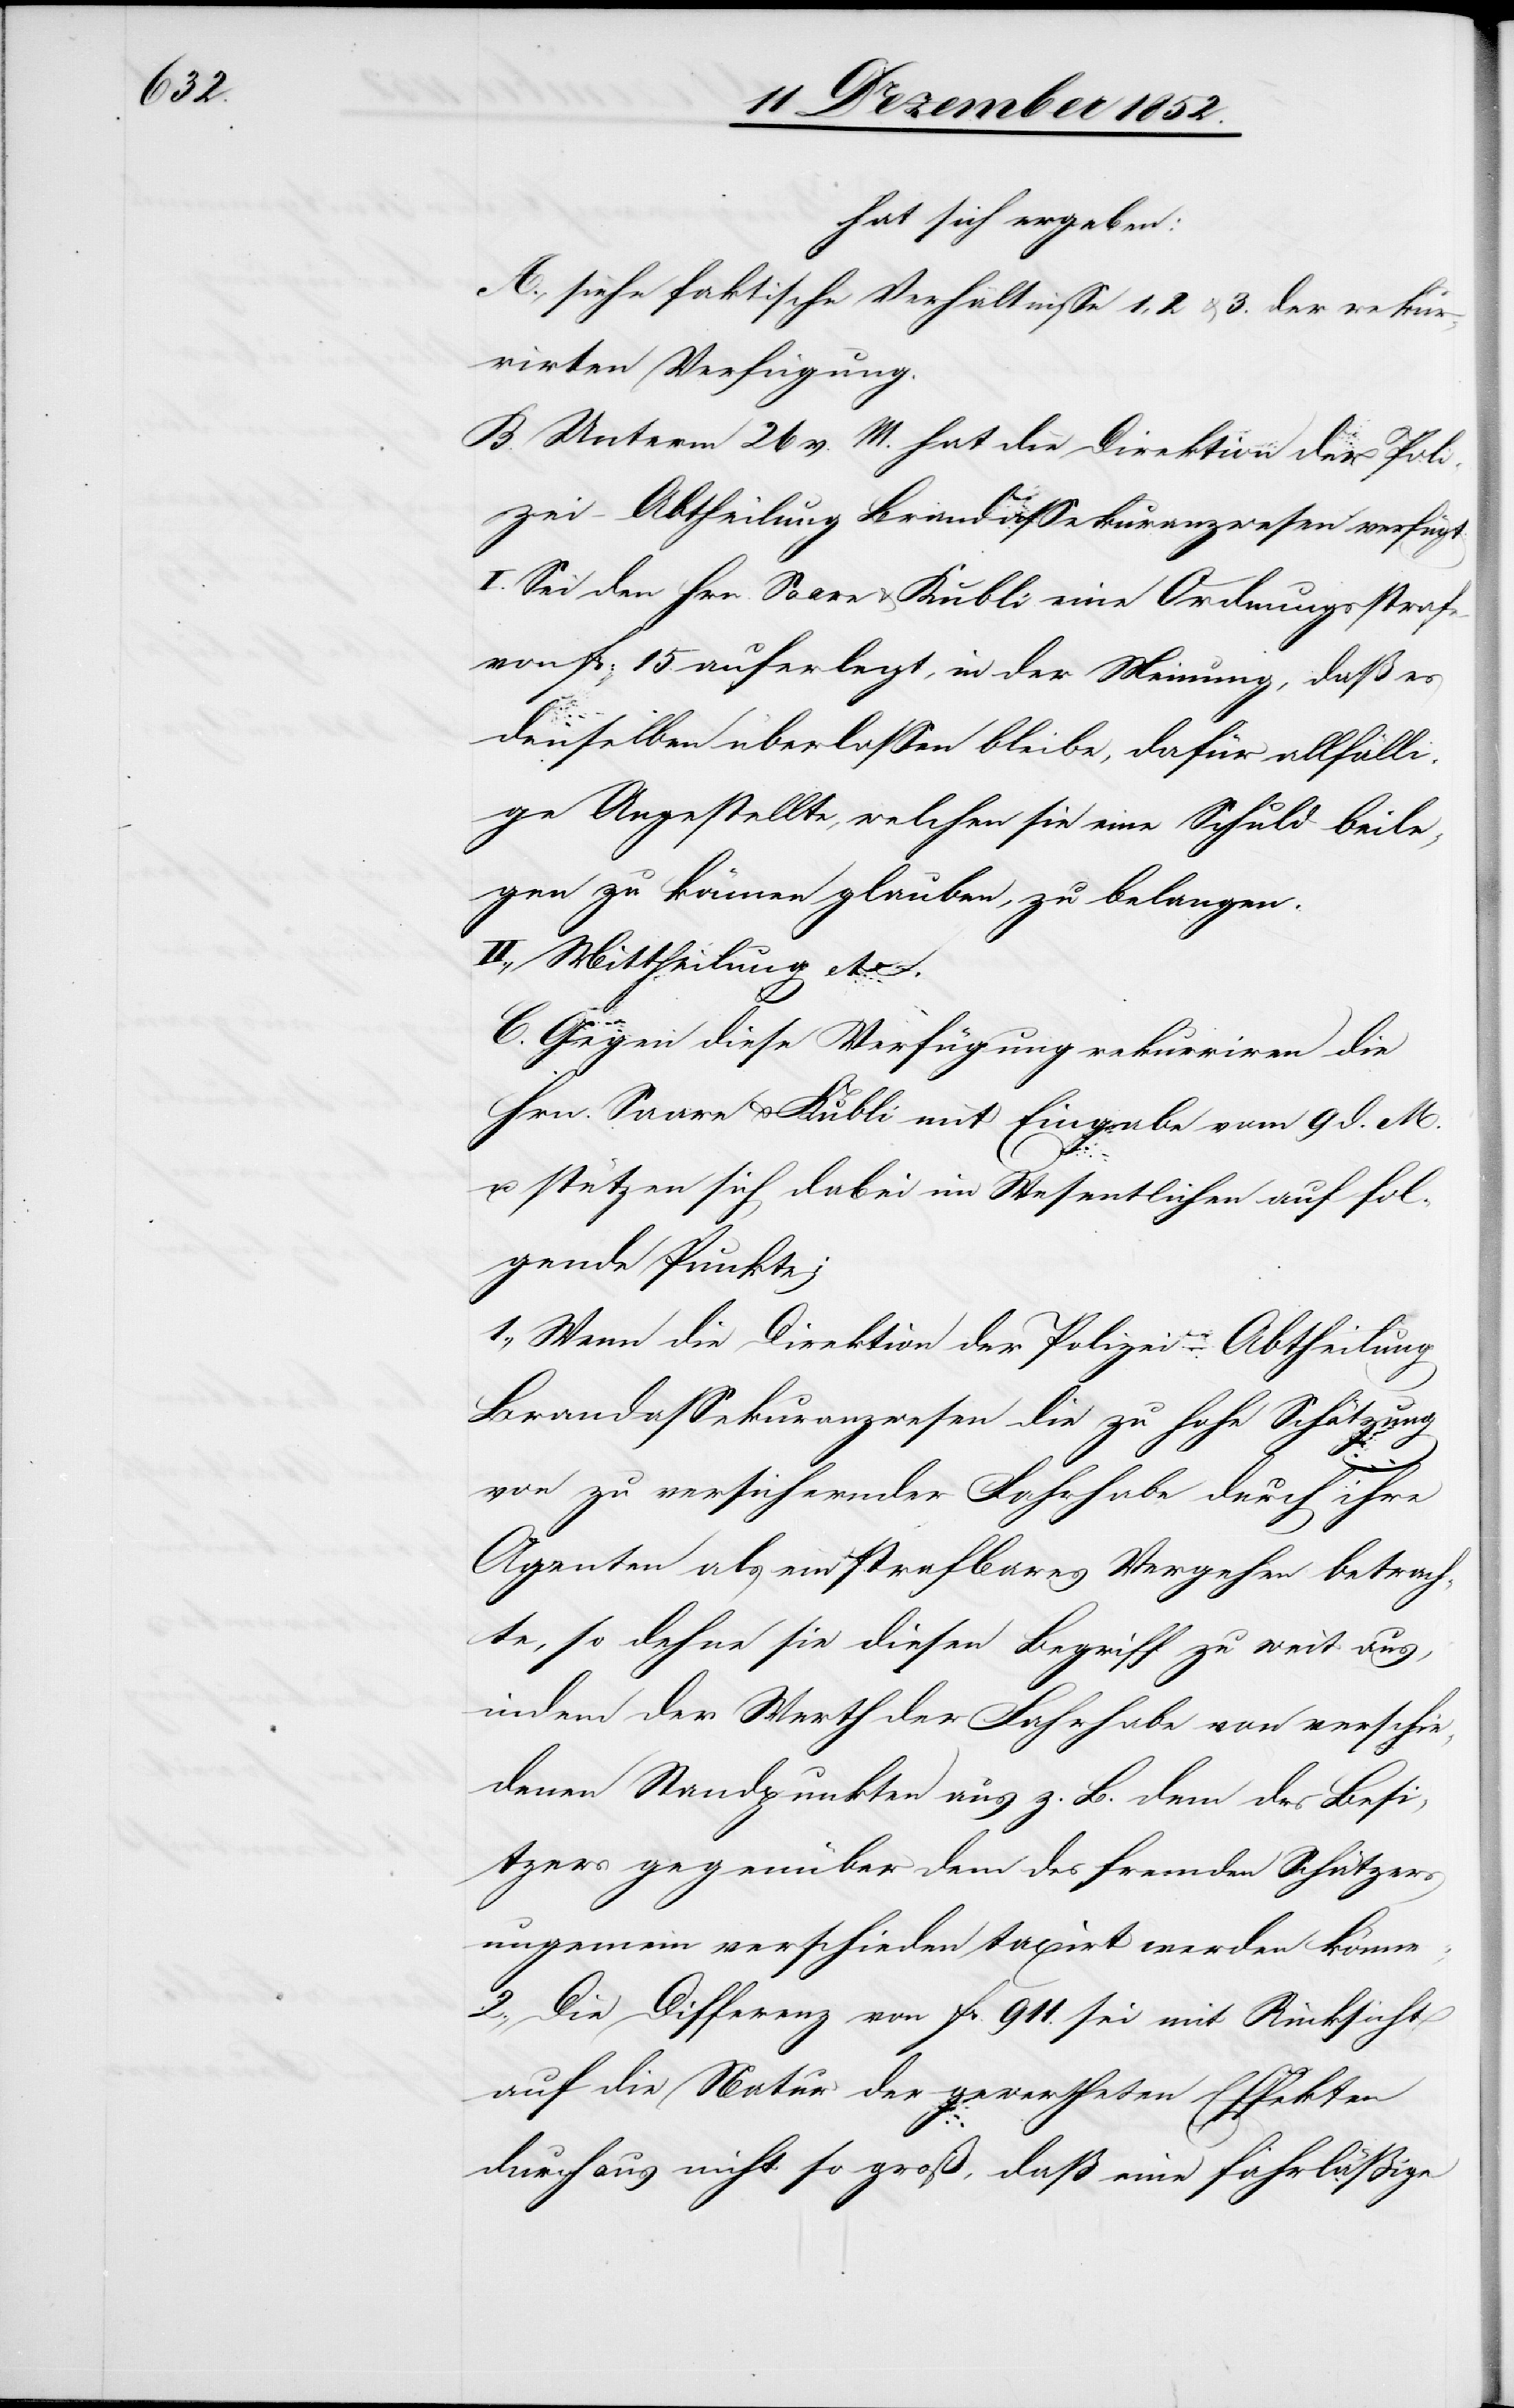
hat sich ergeben:
A., siehe faktische Verhältnisse 1, 2 & 3. der rekur¬
rirten Verfügung.
B. Unterm 26 v. M. hat die Direktion der Poli¬
zei – Abtheilung Brandassekuranzwesen verfügt.
I. Sei den Hrn. Saare & Kubli eine Ordnungsstrafe
von fr: 15. auferlegt, in der Meinung, daß es
denselben überlassen bleibe, dafür allfälli¬
ge Angestellte, welchen sie eine Schuld beile¬
gen zu können glauben, zu belangen.
II., Mittheilung etc.
C. Gegen diese Verfügung rekurriren die
Hrn. Saare & Kubli mit Eingabe vom 9 d. M.
u. stützen sich dabei im Wesentlichen auf fol¬
gende Punkte;
1., Wenn die Direktion der Polizei – Abtheilung
Brandassekuranzwesen die zu hohe Schätzung
von zu versichernder Fahrhabe durch ihre
Agenten als ein strafbares Vergehen betrach¬
te, so dehne sie diesen Begriff zu weit aus,
indem der Werth der Fahrhabe von verschie¬
denen Standpunkten aus z. B. dem des Besi¬
tzers gegenüber dem des fremden Schätzers
ungemein verschieden taxirt werden könne.
2., Die Differenz von fr. 911. sei mit Rücksicht
auf die Natur der gewertheten Effekten
durchaus nicht so groß, daß eine fahrläßige